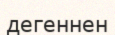
дегеннен